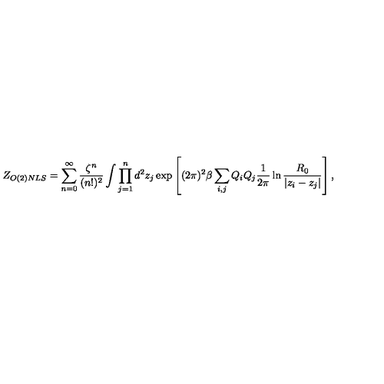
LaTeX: Z _ { O ( 2 ) N L S } = \sum _ { n = 0 } ^ { \infty } { \frac { \zeta ^ { n } } { ( n ! ) ^ { 2 } } } \int \prod _ { j = 1 } ^ { n } d ^ { 2 } z _ { j } \exp \left[ ( 2 \pi ) ^ { 2 } \beta \sum _ { i , j } Q _ { i } Q _ { j } { \frac { 1 } { 2 \pi } } \ln { \frac { R _ { 0 } } { | z _ { i } - z _ { j } | } } \right] ,